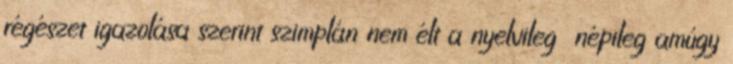
régészet igazolása szerint szimplán nem élt a nyelvileg népileg amúgy